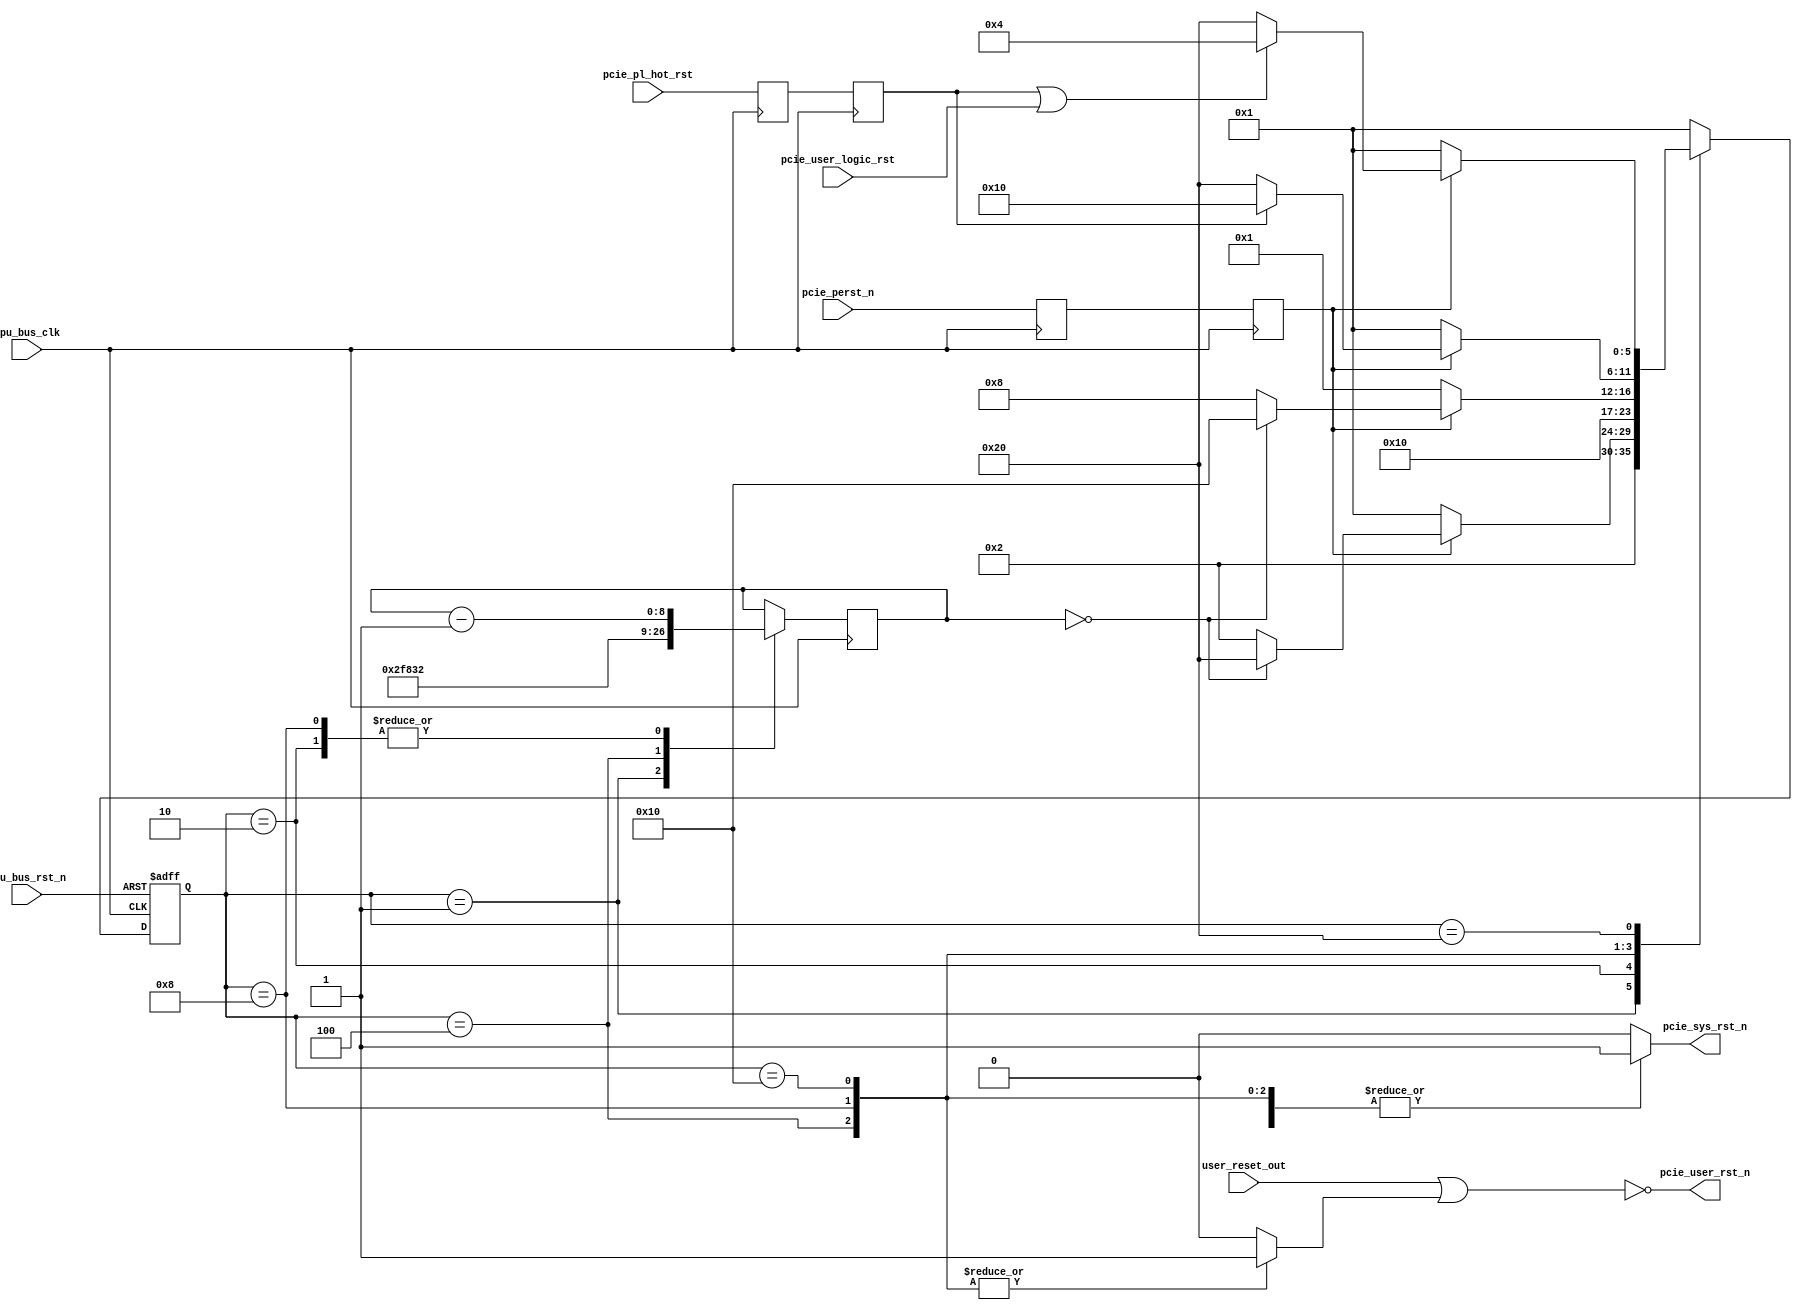
module sys_rst
(
	input									cpu_bus_clk,
	input									cpu_bus_rst_n,

	input									pcie_perst_n,
	input									user_reset_out,
	input									pcie_pl_hot_rst,
	input									pcie_user_logic_rst,

	output									pcie_sys_rst_n,
	output									pcie_user_rst_n
);


localparam	LP_PCIE_RST_CNT_WIDTH			= 9;
localparam	LP_PCIE_RST_CNT					= 380;
localparam	LP_PCIE_HOT_RST_CNT				= 50;

localparam	S_RESET							= 6'b000001;
localparam	S_RESET_CNT						= 6'b000010;
localparam	S_HOT_RESET						= 6'b000100;
localparam	S_HOT_RESET_CNT					= 6'b001000;
localparam	S_HOT_RESET_WAIT				= 6'b010000;
localparam	S_IDLE							= 6'b100000;


reg		[5:0]								cur_state;
reg		[5:0]								next_state;

(* KEEP = "TRUE", SHIFT_EXTRACT = "NO" *)	reg											r_pcie_perst_n;
(* KEEP = "TRUE", SHIFT_EXTRACT = "NO" *)	reg											r_pcie_perst_n_sync;

(* KEEP = "TRUE", SHIFT_EXTRACT = "NO" *)	reg											r_pcie_pl_hot_rst;
(* KEEP = "TRUE", SHIFT_EXTRACT = "NO" *)	reg											r_pcie_pl_hot_rst_sync;

reg		[LP_PCIE_RST_CNT_WIDTH-1:0]			r_rst_cnt;
reg											r_pcie_sys_rst_n;
reg											r_pcie_hot_rst;

assign pcie_user_rst_n = ~(user_reset_out | r_pcie_hot_rst);
//assign pcie_user_rst_n = ~(user_reset_out);
assign pcie_sys_rst_n = r_pcie_sys_rst_n;

always @ (posedge cpu_bus_clk)
begin
	r_pcie_perst_n_sync <= pcie_perst_n;
	r_pcie_perst_n <= r_pcie_perst_n_sync;
	r_pcie_pl_hot_rst_sync <= pcie_pl_hot_rst;
	r_pcie_pl_hot_rst <= r_pcie_pl_hot_rst_sync;
end


always @ (posedge cpu_bus_clk or negedge cpu_bus_rst_n)
begin
	if(cpu_bus_rst_n == 0)
		cur_state <= S_RESET;
	else
		cur_state <= next_state;
end

always @ (*)
begin
	case(cur_state)
		S_RESET: begin
			next_state <= S_RESET_CNT;
		end
		S_RESET_CNT: begin
			if(r_pcie_perst_n == 0)
				next_state <= S_RESET;
			else if(r_rst_cnt == 0)
				next_state <= S_IDLE;
			else
				next_state <= S_RESET_CNT;
		end
		S_HOT_RESET: begin
			next_state <= S_HOT_RESET_CNT;
		end
		S_HOT_RESET_CNT: begin
			if(r_pcie_perst_n == 0)
				next_state <= S_RESET;
			else if(r_rst_cnt == 0)
				next_state <= S_HOT_RESET_WAIT;
			else
				next_state <= S_HOT_RESET_CNT;
		end
		S_HOT_RESET_WAIT: begin
			if(r_pcie_perst_n == 0)
				next_state <= S_RESET;
			else if(r_pcie_pl_hot_rst == 1)
				next_state <= S_HOT_RESET_WAIT;
			else
				next_state <= S_IDLE;
		end
		S_IDLE: begin
			if(r_pcie_perst_n == 0)
				next_state <= S_RESET;
			else if(r_pcie_pl_hot_rst == 1 || pcie_user_logic_rst == 1)
				next_state <= S_HOT_RESET;
			else
				next_state <= S_IDLE;
		end
		default: begin
			next_state <= S_RESET;
		end
	endcase
end



always @ (posedge cpu_bus_clk)
begin
	case(cur_state)
		S_RESET: begin
			r_rst_cnt <= LP_PCIE_RST_CNT;
		end
		S_RESET_CNT: begin
			r_rst_cnt <= r_rst_cnt - 1'b1;
		end
		S_HOT_RESET: begin
			r_rst_cnt <= LP_PCIE_HOT_RST_CNT;
		end
		S_HOT_RESET_CNT: begin
			r_rst_cnt <= r_rst_cnt - 1'b1;
		end
		S_HOT_RESET_WAIT: begin

		end
		S_IDLE: begin

		end
		default: begin

		end
	endcase
end


always @ (*)
begin
	case(cur_state)
		S_RESET: begin
			r_pcie_sys_rst_n <= 0;
			r_pcie_hot_rst <= 0;
		end
		S_RESET_CNT: begin
			r_pcie_sys_rst_n <= 0;
			r_pcie_hot_rst <= 0;
		end
		S_HOT_RESET: begin
			r_pcie_sys_rst_n <= 1;
			r_pcie_hot_rst <= 1;
		end
		S_HOT_RESET_CNT: begin
			r_pcie_sys_rst_n <= 1;
			r_pcie_hot_rst <= 1;
		end
		S_HOT_RESET_WAIT: begin
			r_pcie_sys_rst_n <= 1;
			r_pcie_hot_rst <= 1;
		end
		S_IDLE: begin
			r_pcie_sys_rst_n <= 1;
			r_pcie_hot_rst <= 0;
		end
		default: begin
			r_pcie_sys_rst_n <= 0;
			r_pcie_hot_rst <= 0;
		end
	endcase
end

endmodule